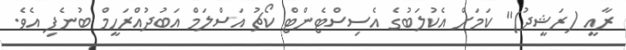
ރާއީ (ރަޝީދު)" ކަމަށް އެކުލަބުގެ އެސިސްޓެންޓް ކޯޗު އަސްލަމް އަބުދުއްރަހީމް ބުނެފި އެވެ.